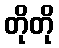
တိုတို